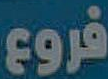
فروع